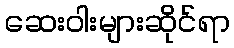
ဆေးဝါးများဆိုင်ရာ